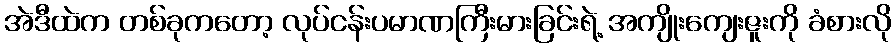
အဲဒီထဲက တစ်ခုကတော့ လုပ်ငန်းပမာဏကြီးမားခြင်းရဲ့ အကျိုးကျေးဇူးကို ခံစားလို